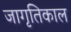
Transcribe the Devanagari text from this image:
जागृतिकाल